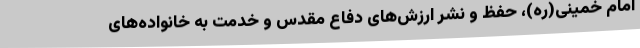
امام خمینی(ره)، حفظ و نشر ارزش‌های دفاع مقدس و خدمت به خانواده‌های